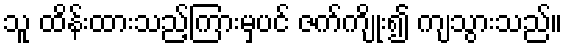
သူ ထိန်းထားသည့်ကြားမှပင် ဇက်ကျိုး၍ ကျသွားသည်။